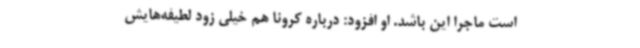
است ماجرا این باشد. او افزود: درباره کرونا هم خیلی زود لطیفه‌هایش